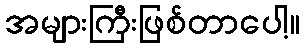
အများကြီးဖြစ်တာပေါ့။